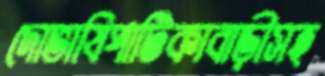
দোভাষিপাটিকাবাড়ীসহ